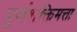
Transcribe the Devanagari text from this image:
पूर्णशक्तिमत्ता